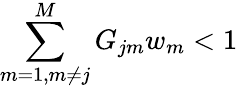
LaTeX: \sum_{m=1,m\ne j}^{M}G_{jm}w_{m}<1